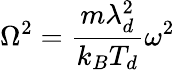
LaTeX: \Omega^{2}=\frac{m\lambda_{d}^{2}}{k_{B}T_{d}}\omega^{2}